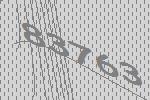
83763